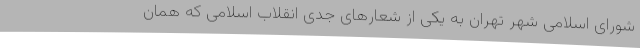
شورای اسلامی شهر تهران به یکی از شعارهای جدی انقلاب اسلامی که همان